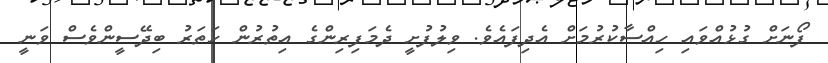
ފޯނަށް ގުޅުއްވައި ހިއްސާކުރުމަށް އެދިފައެވެ. ވިލުފުށީ ދެމަފިރިންގެ އިތުރުން ހަތަރު ބިދޭސީންވެސް ވަނީ